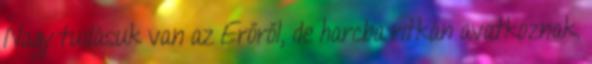
Nagy tudásuk van az Erőről, de harcba ritkán avatkoznak.